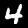
Digit: 4